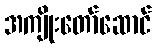
အကျိုးတော်ဆောင်